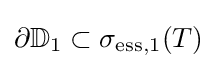
\partial \mathbb {D} _{1}\subset \sigma _{\mathrm {ess} ,1}(T)